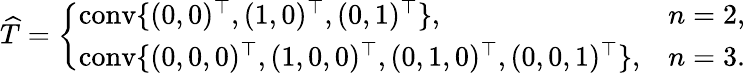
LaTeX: \begin{array}{r}{{\widehat T}=\left\{ \begin{array}{ll}{\operatorname{conv}\{ (0,0)^{\top},(1,0)^{\top},(0,1)^{\top}\} ,}&{n=2,}\\ {\operatorname{conv}\{ (0,0,0)^{\top},(1,0,0)^{\top},(0,1,0)^{\top},(0,0,1)^{\top}\} ,}&{n=3.}\end{array}\right.}\end{array}